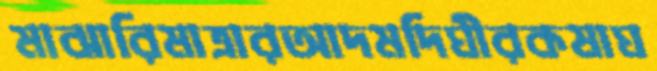
মাঝারিমাত্রারআদমদিঘীরকষাঘ